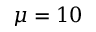
\mu = 1 0